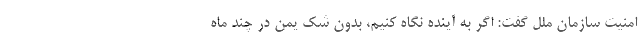
امنیت سازمان ملل گفت: اگر به آینده نگاه کنیم، بدون شک یمن در چند ماه